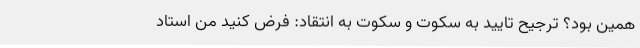
همین بود؟ ترجیح تایید به سکوت و سکوت به انتقاد: فرض کنید من استاد